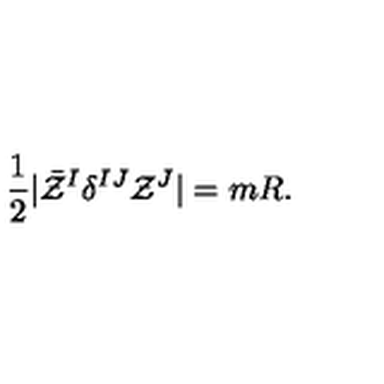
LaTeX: { \frac { 1 } { 2 } } | \bar { \cal Z } ^ { I } \delta ^ { I J } { \cal Z } ^ { J } | = m R .